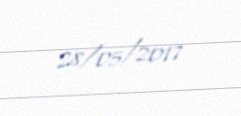
28/05/2017